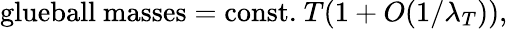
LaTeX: \mathrm{glueball~masses=const.}~T(1+O(1/\lambda_{T})),